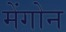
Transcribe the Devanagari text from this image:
मेंगोन